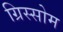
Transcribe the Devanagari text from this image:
ग्रिस्सोम